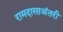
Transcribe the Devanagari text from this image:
रामदासाअंतरी